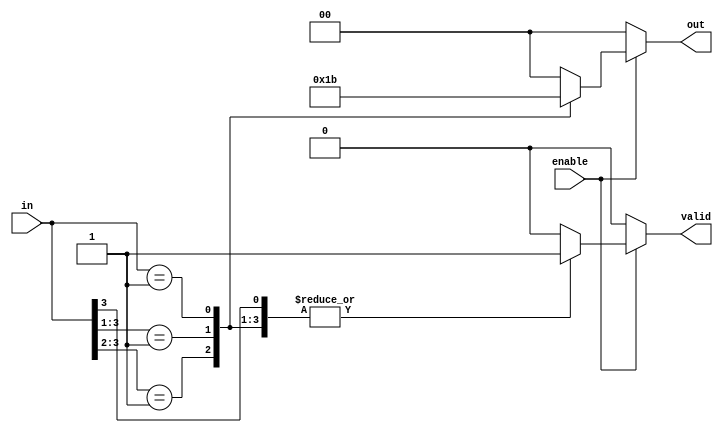
module multilevel_encoder (
    input wire [3:0] in,      // 4 input lines
    input wire enable,         // Enable signal
    output reg [1:0] out,     // 2 output lines
    output reg valid           // Output valid signal
);

    always @(*) begin
        if (!enable) begin
            out = 2'b00;       // Idle state when disabled
            valid = 1'b0;     // No valid output
        end else begin
            casez (in)         // Use casez to handle don't care conditions
                4'b1??? : begin out = 2'b00; valid = 1'b1; end // Input 0 active
                4'b01?? : begin out = 2'b01; valid = 1'b1; end // Input 1 active
                4'b001? : begin out = 2'b10; valid = 1'b1; end // Input 2 active
                4'b0001 : begin out = 2'b11; valid = 1'b1; end // Input 3 active
                default : begin out = 2'b00; valid = 1'b0; end // No valid input
            endcase
        end
    end

endmodule